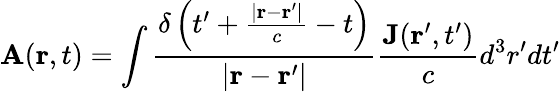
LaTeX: \mathbf{A}(\mathbf{r},t)=\int{\frac{\delta\left(t^{\prime}+{\frac{\left|\mathbf{r}-\mathbf{r}^{\prime}\right|}{c}}-t\right)}{\left|\mathbf{r}-\mathbf{r}^{\prime}\right|}}{\frac{\mathbf{J}(\mathbf{r}^{\prime},t^{\prime})}{c}}d^{3}r^{\prime}dt^{\prime}